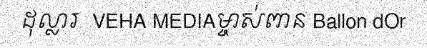
ដុល្លារ  VEHA MEDIAម្ចាស់ពាន Ballon dOr